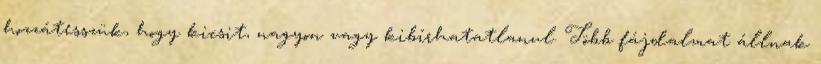
hozzátesszük, hogy kicsit, nagyon vagy kibírhatatlanul. Több fájdalmat állnak